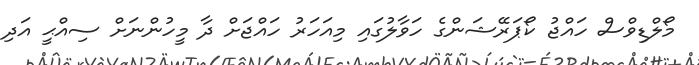
މޯލްޑިވްސް ހައްޖު ކޯޕަރޭޝަންގެ ހަވާލުގައި މިއަހަރު ހައްޖަށް ދާ މީހުންނަށް ސިއްޙީ އަދި